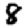
Digit: 8